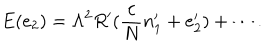
LaTeX: E ( e _ { 2 } ) = \Lambda ^ { 2 } R ^ { \prime } ( \frac { c } { N } n _ { 1 } ^ { \prime } + { e } _ { 2 } ^ { \prime } ) + \cdots .